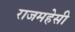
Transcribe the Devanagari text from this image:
राजमहेसी